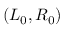
( L _ { 0 } , R _ { 0 } )